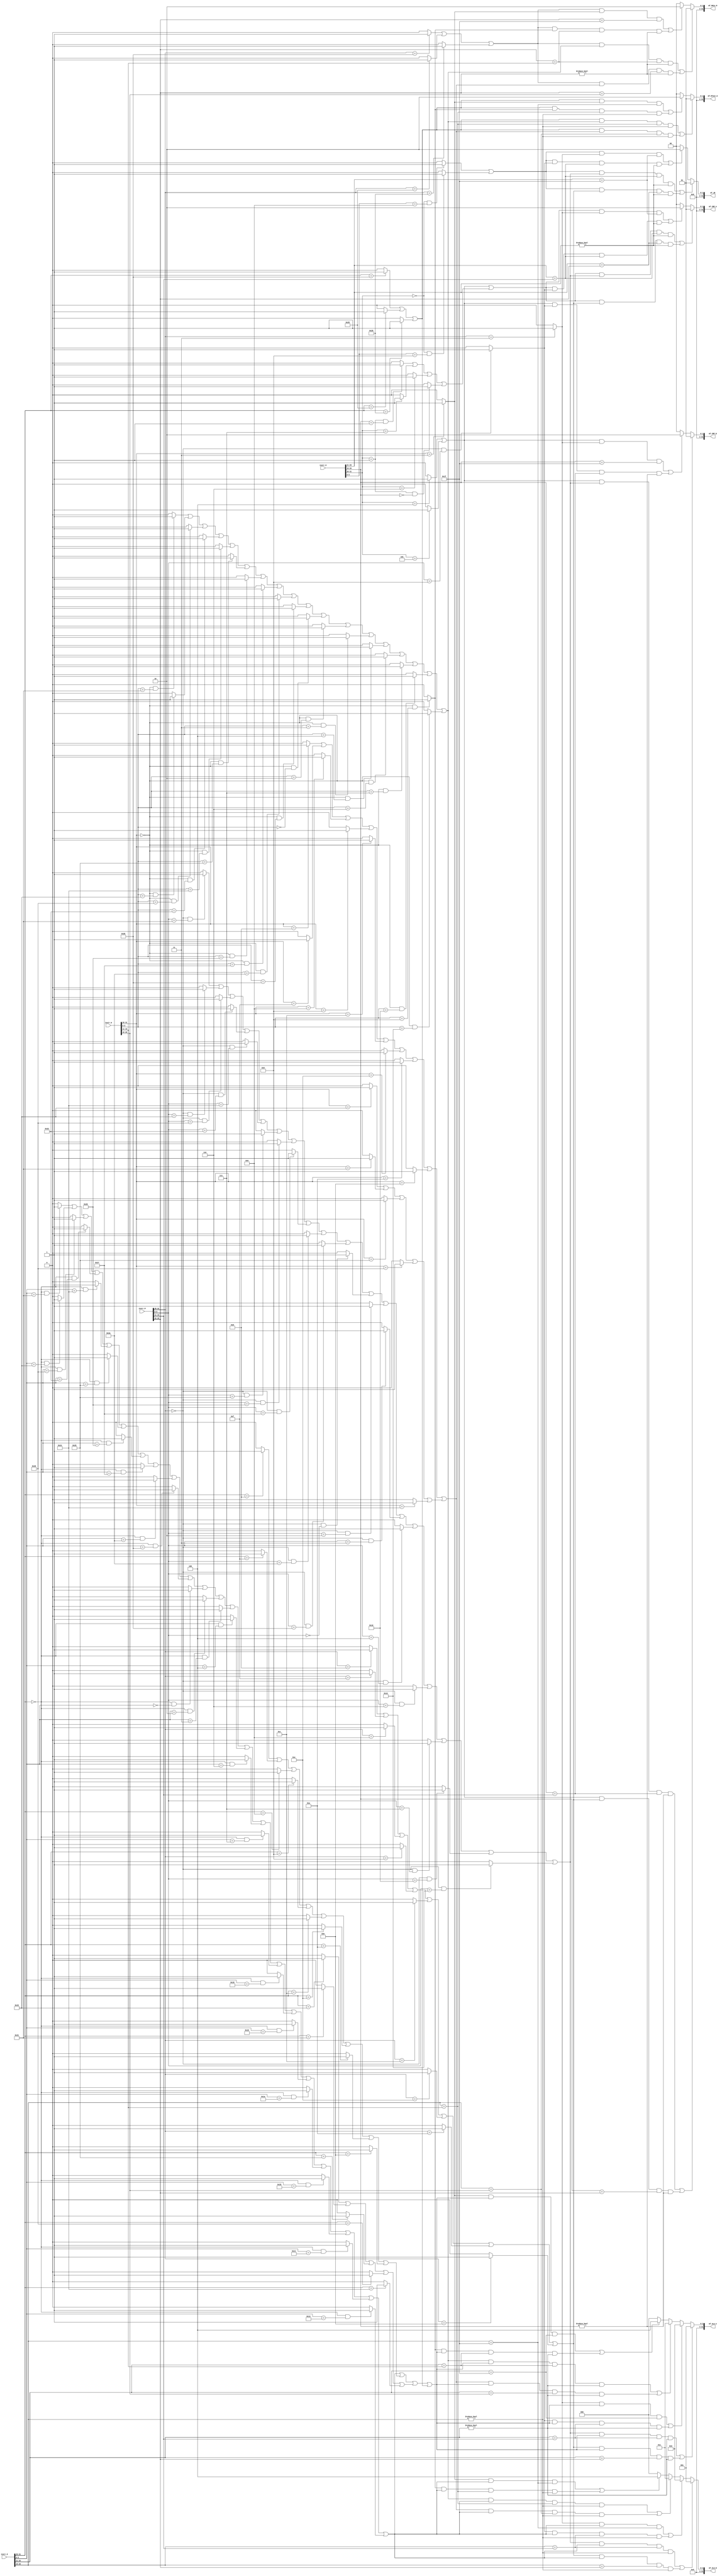
`timescale 1ns / 1ps
//////////////////////////////////////////////////////////////////////////////////
// Company: 
// Engineer: 
// 
// Design Name: 
// Module Name:    MOVE 
// Project Name: 
// Target Devices: 
// Tool versions: 
// Description: 
//
// Dependencies: 
//
// Revision: 
// Revision 0.01 - File Created
// Additional Comments: 
//
//////////////////////////////////////////////////////////////////////////////////
`define op 31:26
`define func 5:0
`define rs 25:21
`define rt 20:16
`define rd 15:11

module MOVE(
	 input [31:0] instr_D,
	 input [31:0] instr_E,
	 input [31:0] instr_M,
	 input [31:0] instr_W,
	 output [31:0] mf_ALU_A,
	 output [31:0] mf_ALU_B,
	 output [31:0] mf_CMP_A,
	 output [31:0] mf_CMP_B,
	 output [31:0] mf_DMin_M,
	 output [31:0] mf_RTout_E,
	 output [31:0] mf_JR
    );
	 wire beq_D,bne_D,bgez_D,bgtz_D,blez_D,bltz_D;
    wire jr_D,jalr_D;
	 
	 wire addu_E,subu_E,add_E,sub_E,sll_E,srl_E,sra_E,sllv_E,srlv_E,srav_E,AND_E,OR_E,XOR_E,NOR_E,slt_E,sltu_E;
	 wire lw_E,sw_E,sh_E,sb_E,lh_E,lhu_E,lb_E,lbu_E;
	 wire ori_E,addi_E,lui_E,addiu_E,andi_E,xori_E,slti_E,sltiu_E;
	 wire mult_E,multu_E,div_E,divu_E,mthi_E,mtlo_E;
	 
	 wire addu_M,subu_M,add_M,sub_M,sll_M,srl_M,sra_M,sllv_M,srlv_M,srav_M,AND_M,OR_M,XOR_M,NOR_M,slt_M,sltu_M;
	 wire lw_M,sw_M,sh_M,sb_M,lh_M,lhu_M,lb_M,lbu_M;
	 wire ori_M,lui_M,addi_M,addiu_M,andi_M,xori_M,slti_M,sltiu_M;
	 wire mfhi_M,mflo_M;
	 wire jal_M,jalr_M;
	 
	 wire addu_W,subu_W,add_W,sub_W,sll_W,srl_W,sra_W,sllv_W,srlv_W,srav_W,AND_W,OR_W,XOR_W,NOR_W,slt_W,sltu_W;
	 wire ori_W,lui_W,addi_W,addiu_W,andi_W,xori_W,slti_W,sltiu_W;
	 wire lw_W,lh_W,lhu_W,lb_W,lbu_W;
	 wire jal_W,jalr_W;
	 wire mfhi_W,mflo_W;
	 ////
	 assign beq_D=(instr_D[`op]==6'b000100)?1'b1:1'b0;
	 assign bne_D=(instr_D[`op]==6'b000101)?1'b1:1'b0;
	 assign bgez_D=((instr_D[`op]==6'b000001)&&(instr_D[20:16]==5'b00001))?1'b1:1'b0;
	 assign bgtz_D=(instr_D[`op]==6'b000111)?1'b1:1'b0;
	 assign blez_D=(instr_D[`op]==6'b000110)?1'b1:1'b0;
	 assign bltz_D=((instr_D[`op]==6'b000001)&&(instr_D[20:16]==5'b00000))?1'b1:1'b0;
	 
	 assign jr_D=((instr_D[`op]==6'b0)&&(instr_D[`func]==6'b001000))?1'b1:1'b0;
	 assign jalr_D=((instr_D[`op]==6'b0)&&(instr_D[`func]==6'b001001))?1'b1:1'b0;
////////////////////////////////////////////////////////////////////////////////////////////	 
	 assign addu_E=((instr_E[`op]==6'b0)&&(instr_E[`func]==6'b100001))?1'b1:1'b0;
	 assign subu_E=((instr_E[`op]==6'b0)&&(instr_E[`func]==6'b100011))?1'b1:1'b0;
	 assign add_E=((instr_E[`op]==6'b0)&&(instr_E[`func]==6'b100000))?1'b1:1'b0;
	 assign sub_E=((instr_E[`op]==6'b0)&&(instr_E[`func]==6'b100010))?1'b1:1'b0;
	 assign sll_E=((instr_E[`op]==6'b0)&&(instr_E[`func]==6'b000000))?1'b1:1'b0;
	 assign srl_E=((instr_E[`op]==6'b0)&&(instr_E[`func]==6'b000010))?1'b1:1'b0;
	 assign sra_E=((instr_E[`op]==6'b0)&&(instr_E[`func]==6'b000011))?1'b1:1'b0;
	 assign sllv_E=((instr_E[`op]==6'b0)&&(instr_E[`func]==6'b000100))?1'b1:1'b0;
	 assign srlv_E=((instr_E[`op]==6'b0)&&(instr_E[`func]==6'b000110))?1'b1:1'b0;
	 assign srav_E=((instr_E[`op]==6'b0)&&(instr_E[`func]==6'b000111))?1'b1:1'b0;
	 assign AND_E=((instr_E[`op]==6'b0)&&(instr_E[`func]==6'b100100))?1'b1:1'b0;
	 assign OR_E=((instr_E[`op]==6'b0)&&(instr_E[`func]==6'b100101))?1'b1:1'b0;
	 assign XOR_E=((instr_E[`op]==6'b0)&&(instr_E[`func]==6'b100110))?1'b1:1'b0;
	 assign NOR_E=((instr_E[`op]==6'b0)&&(instr_E[`func]==6'b100111))?1'b1:1'b0;
	 assign slt_E=((instr_E[`op]==6'b0)&&(instr_E[`func]==6'b101010))?1'b1:1'b0;
	 assign sltu_E=((instr_E[`op]==6'b0)&&(instr_E[`func]==6'b101011))?1'b1:1'b0;
	 
	 assign ori_E=(instr_E[`op]==6'b001101)?1'b1:1'b0;
	 assign lui_E=(instr_E[`op]==6'b001111)?1'b1:1'b0;
	 assign addi_E=(instr_E[`op]==6'b001000)?1'b1:1'b0;
	 assign addiu_E=(instr_E[`op]==6'b001001)?1'b1:1'b0;
	 assign andi_E=(instr_E[`op]==6'b001100)?1'b1:1'b0;
	 assign xori_E=(instr_E[`op]==6'b001110)?1'b1:1'b0;
	 assign slti_E=(instr_E[`op]==6'b001010)?1'b1:1'b0;
	 assign sltiu_E=(instr_E[`op]==6'b001011)?1'b1:1'b0;

	 assign lw_E=(instr_E[`op]==6'b100011)?1'b1:1'b0;
	 assign sw_E=(instr_E[`op]==6'b101011)?1'b1:1'b0;	 
	 assign sh_E=(instr_E[`op]==6'b101001)?1'b1:1'b0;
	 assign sb_E=(instr_E[`op]==6'b101000)?1'b1:1'b0;
	 assign lh_E=(instr_E[`op]==6'b100001)?1'b1:1'b0;
	 assign lhu_E=(instr_E[`op]==6'b100101)?1'b1:1'b0;
	 assign lb_E=(instr_E[`op]==6'b100000)?1'b1:1'b0;
	 assign lbu_E=(instr_E[`op]==6'b100100)?1'b1:1'b0;
	 	 
	 assign mult_E=((instr_E[`op]==6'b0)&&(instr_E[`func]==6'b011000))?1'b1:1'b0;
	 assign multu_E=((instr_E[`op]==6'b0)&&(instr_E[`func]==6'b011001))?1'b1:1'b0;
	 assign div_E=((instr_E[`op]==6'b0)&&(instr_E[`func]==6'b011010))?1'b1:1'b0;
	 assign divu_E=((instr_E[`op]==6'b0)&&(instr_E[`func]==6'b011011))?1'b1:1'b0;
	 assign mthi_E=((instr_E[`op]==6'b0)&&(instr_E[`func]==6'b010001))?1'b1:1'b0;
	 assign mtlo_E=((instr_E[`op]==6'b0)&&(instr_E[`func]==6'b010011))?1'b1:1'b0;
////////////////////////////////////////////////////////////////////////////////////////////////
	 assign addu_M=((instr_M[`op]==6'b0)&&(instr_M[`func]==6'b100001))?1'b1:1'b0;
	 assign subu_M=((instr_M[`op]==6'b0)&&(instr_M[`func]==6'b100011))?1'b1:1'b0;
	 assign add_M=((instr_M[`op]==6'b0)&&(instr_M[`func]==6'b100000))?1'b1:1'b0;
	 assign sub_M=((instr_M[`op]==6'b0)&&(instr_M[`func]==6'b100010))?1'b1:1'b0;
	 assign sll_M=((instr_M[`op]==6'b0)&&(instr_M[`func]==6'b000000))?1'b1:1'b0;
	 assign srl_M=((instr_M[`op]==6'b0)&&(instr_M[`func]==6'b000010))?1'b1:1'b0;
	 assign sra_M=((instr_M[`op]==6'b0)&&(instr_M[`func]==6'b000011))?1'b1:1'b0;
	 assign sllv_M=((instr_M[`op]==6'b0)&&(instr_M[`func]==6'b000100))?1'b1:1'b0;
	 assign srlv_M=((instr_M[`op]==6'b0)&&(instr_M[`func]==6'b000110))?1'b1:1'b0;
	 assign srav_M=((instr_M[`op]==6'b0)&&(instr_M[`func]==6'b000111))?1'b1:1'b0;
	 assign AND_M=((instr_M[`op]==6'b0)&&(instr_M[`func]==6'b100100))?1'b1:1'b0;
	 assign OR_M=((instr_M[`op]==6'b0)&&(instr_M[`func]==6'b100101))?1'b1:1'b0;
	 assign XOR_M=((instr_M[`op]==6'b0)&&(instr_M[`func]==6'b100110))?1'b1:1'b0;
	 assign NOR_M=((instr_M[`op]==6'b0)&&(instr_M[`func]==6'b100111))?1'b1:1'b0;
	 assign slt_M=((instr_M[`op]==6'b0)&&(instr_M[`func]==6'b101010))?1'b1:1'b0;
	 assign sltu_M=((instr_M[`op]==6'b0)&&(instr_M[`func]==6'b101011))?1'b1:1'b0;
	 
	 assign ori_M=(instr_M[`op]==6'b001101)?1'b1:1'b0;
	 assign lui_M=(instr_M[`op]==6'b001111)?1'b1:1'b0;
	 assign addi_M=(instr_M[`op]==6'b001000)?1'b1:1'b0;
	 assign addiu_M=(instr_M[`op]==6'b001001)?1'b1:1'b0;
	 assign andi_M=(instr_M[`op]==6'b001100)?1'b1:1'b0;
	 assign xori_M=(instr_M[`op]==6'b001110)?1'b1:1'b0;
	 assign slti_M=(instr_M[`op]==6'b001010)?1'b1:1'b0;
	 assign sltiu_M=(instr_M[`op]==6'b001011)?1'b1:1'b0;
	 
	 assign lw_M=(instr_M[`op]==6'b100011)?1'b1:1'b0;
	 assign sw_M=(instr_M[`op]==6'b101011)?1'b1:1'b0;
	 assign sh_M=(instr_M[`op]==6'b101001)?1'b1:1'b0;
	 assign sb_M=(instr_M[`op]==6'b101000)?1'b1:1'b0;
	 assign lh_M=(instr_M[`op]==6'b100001)?1'b1:1'b0;
	 assign lhu_M=(instr_M[`op]==6'b100101)?1'b1:1'b0;
	 assign lb_M=(instr_M[`op]==6'b100000)?1'b1:1'b0;
	 assign lbu_M=(instr_M[`op]==6'b100100)?1'b1:1'b0;

	 assign jal_M=(instr_M[`op]==6'b000011)?1'b1:1'b0;
	 assign jalr_M=((instr_M[`op]==6'b0)&&(instr_M[`func]==6'b001001))?1'b1:1'b0;

	 assign mfhi_M=((instr_M[`op]==6'b0)&&(instr_M[`func]==6'b010000))?1'b1:1'b0;
	 assign mflo_M=((instr_M[`op]==6'b0)&&(instr_M[`func]==6'b010010))?1'b1:1'b0;		 
/////////////////////////////////////////////////////////////////////////////////////////////////	 
	 assign addu_W=((instr_W[`op]==6'b0)&&(instr_W[`func]==6'b100001))?1'b1:1'b0;
	 assign subu_W=((instr_W[`op]==6'b0)&&(instr_W[`func]==6'b100011))?1'b1:1'b0;
	 assign add_W=((instr_W[`op]==6'b0)&&(instr_W[`func]==6'b100000))?1'b1:1'b0;
	 assign sub_W=((instr_W[`op]==6'b0)&&(instr_W[`func]==6'b100010))?1'b1:1'b0;
	 assign sll_W=((instr_W[`op]==6'b0)&&(instr_W[`func]==6'b000000))?1'b1:1'b0;
	 assign srl_W=((instr_W[`op]==6'b0)&&(instr_W[`func]==6'b000010))?1'b1:1'b0;
	 assign sra_W=((instr_W[`op]==6'b0)&&(instr_W[`func]==6'b000011))?1'b1:1'b0;
	 assign sllv_W=((instr_W[`op]==6'b0)&&(instr_W[`func]==6'b000100))?1'b1:1'b0;
	 assign srlv_W=((instr_W[`op]==6'b0)&&(instr_W[`func]==6'b000110))?1'b1:1'b0;
	 assign srav_W=((instr_W[`op]==6'b0)&&(instr_W[`func]==6'b000111))?1'b1:1'b0;
	 assign AND_W=((instr_W[`op]==6'b0)&&(instr_W[`func]==6'b100100))?1'b1:1'b0;
	 assign OR_W=((instr_W[`op]==6'b0)&&(instr_W[`func]==6'b100101))?1'b1:1'b0;
	 assign XOR_W=((instr_W[`op]==6'b0)&&(instr_W[`func]==6'b100110))?1'b1:1'b0;
	 assign NOR_W=((instr_W[`op]==6'b0)&&(instr_W[`func]==6'b100111))?1'b1:1'b0;	 
	 assign slt_W=((instr_W[`op]==6'b0)&&(instr_W[`func]==6'b101010))?1'b1:1'b0;
	 assign sltu_W=((instr_W[`op]==6'b0)&&(instr_W[`func]==6'b101011))?1'b1:1'b0;
		 
	 assign ori_W=(instr_W[`op]==6'b001101)?1'b1:1'b0;
	 assign lui_W=(instr_W[`op]==6'b001111)?1'b1:1'b0; 
	 assign addi_W=(instr_W[`op]==6'b001000)?1'b1:1'b0;
	 assign addiu_W=(instr_W[`op]==6'b001001)?1'b1:1'b0;
	 assign andi_W=(instr_W[`op]==6'b001100)?1'b1:1'b0;
	 assign xori_W=(instr_W[`op]==6'b001110)?1'b1:1'b0;
	 assign slti_W=(instr_W[`op]==6'b001010)?1'b1:1'b0;
	 assign sltiu_W=(instr_W[`op]==6'b001011)?1'b1:1'b0;

	 assign lw_W=(instr_W[`op]==6'b100011)?1'b1:1'b0;
	 assign lh_W=(instr_W[`op]==6'b100001)?1'b1:1'b0;
	 assign lhu_W=(instr_W[`op]==6'b100101)?1'b1:1'b0;
	 assign lb_W=(instr_W[`op]==6'b100000)?1'b1:1'b0;
	 assign lbu_W=(instr_W[`op]==6'b100100)?1'b1:1'b0;
	 
	 assign jal_W=(instr_W[`op]==6'b000011)?1'b1:1'b0;
	 assign jalr_W=((instr_W[`op]==6'b0)&&(instr_W[`func]==6'b001001))?1'b1:1'b0;

	 assign mfhi_W=((instr_W[`op]==6'b0)&&(instr_W[`func]==6'b010000))?1'b1:1'b0;
	 assign mflo_W=((instr_W[`op]==6'b0)&&(instr_W[`func]==6'b010010))?1'b1:1'b0;		 
/////////////////////////////////////////////////////////////////////////////////
/////////////////////////////////////////////////////////////////////////////////

	 wire b_type_D,jr_type_D,brs_D;
	 wire cal_r_E,cal_i_E,ld_E,st_E;	 
	 wire cal_r_M,cal_i_M,ld_M,st_M,jal_type_M;
	 wire cal_r_W,cal_i_W,ld_W,jal_type_W;
	 

	 assign b_type_D=beq_D|bne_D;
	 assign jr_type_D=jr_D|jalr_D;
	 assign brs_D=bgez_D|bgtz_D|blez_D|bltz_D;
	 	 
	 assign cal_r_E=addu_E|subu_E|add_E|sub_E|AND_E|OR_E|XOR_E|NOR_E|slt_E|sltu_E|sll_E|srl_E|sra_E|sllv_E|srlv_E|srav_E|
	                mult_E|multu_E|div_E|divu_E|mthi_E|mtlo_E;
	 assign cal_i_E=ori_E|lui_E|addi_E|addiu_E|andi_E|xori_E|slti_E|sltiu_E;
	 assign ld_E=lw_E|lh_E|lhu_E|lb_E|lbu_E;
	 assign st_E=sw_E|sh_E|sb_E;

	 assign cal_r_M=addu_M|subu_M|add_M|sub_M|AND_M|OR_M|XOR_M|NOR_M|slt_M|sltu_M|sll_M|srl_M|sra_M|sllv_M|srlv_M|srav_M|
	                mfhi_M|mflo_M;
	 assign cal_i_M=ori_M|lui_M|addi_M|addiu_M|andi_M|xori_M|slti_M|sltiu_M;
	 assign ld_M=lw_M|lh_M|lhu_M|lb_M|lbu_M;
	 assign st_M=sw_M|sh_M|sb_M;
	 assign jal_type_M=jal_M;

	 assign cal_r_W=addu_W|subu_W|add_W|sub_W|AND_W|OR_W|XOR_W|NOR_W|slt_W|sltu_W|sll_W|srl_W|sra_W|sllv_W|srlv_W|srav_W|
	                mfhi_W|mflo_W;
	 assign cal_i_W=ori_W|lui_W|addi_W|addiu_W|andi_W|xori_W|slti_W|sltiu_W;
	 assign ld_W=lw_W|lh_W|lhu_W|lb_W|lbu_W;
	 assign jal_type_W=jal_W;
/////////////////////////////////////////////////////////////////////////	 
	 assign mf_ALU_A=((cal_r_M&(cal_r_E|cal_i_E|ld_E|st_E)&(instr_E[`rs]==instr_M[`rd])&(instr_E[`rs]!=5'b0))|
						  (cal_i_M&(cal_r_E|cal_i_E|ld_E|st_E)&(instr_E[`rs]==instr_M[`rt])&(instr_E[`rs]!=5'b0)))?1:
						  ((jal_type_M&(cal_r_E|cal_i_E|ld_E|st_E)&(instr_E[`rs]==5'b11111))|
						  (jalr_M&(cal_r_E|cal_i_E|ld_E|st_E)&(instr_E[`rs]==instr_M[`rd])&(instr_E[`rs]!=5'b0)))?2:
						  ((cal_r_W&(cal_r_E|cal_i_E|ld_E|st_E)&(instr_E[`rs]==instr_W[`rd])&(instr_E[`rs]!=5'b0))|
						  ((cal_i_W|ld_W)&(cal_r_E|cal_i_E|ld_E|st_E)&(instr_E[`rs]==instr_W[`rt])&(instr_E[`rs]!=5'b0)))?3:
						  ((jal_type_W&(cal_r_E|cal_i_E|ld_E|st_E)&(instr_E[`rs]==5'b11111))|
						  (jalr_W&(cal_r_E|cal_i_E|ld_E|st_E)&(instr_E[`rs]==instr_W[`rd])&(instr_E[`rs]!=5'b0)))?4:0;
	 
	 assign mf_ALU_B=((cal_r_M&cal_r_E&(instr_E[`rt]==instr_M[`rd])&(instr_E[`rt]!=5'b0))|
		              (cal_i_M&cal_r_E&(instr_E[`rt]==instr_M[`rt])&(instr_E[`rt]!=5'b0)))?1:
						  ((jal_type_M&cal_r_E&(instr_E[`rt]==5'b11111))|
						  (jalr_M&cal_r_E&(instr_E[`rt]==instr_M[`rd])&(instr_E[`rt]!=5'b0)))?2:
						  ((cal_r_W&cal_r_E&(instr_E[`rt]==instr_W[`rd])&(instr_E[`rt]!=5'b0))|
		              ((cal_i_W|ld_W)&cal_r_E&(instr_E[`rt]==instr_W[`rt])&(instr_E[`rt]!=5'b0)))?3:
						  ((jal_type_W&cal_r_E&(instr_E[`rt]==5'b11111))|
						  (jalr_W&cal_r_E&(instr_E[`rt]==instr_W[`rd])&(instr_E[`rt]!=5'b0)))?4:0;
	 
	 assign mf_CMP_A=(((b_type_D|brs_D)&cal_r_M&(instr_D[`rs]==instr_M[`rd])&(instr_D[`rs]!=5'b0))|
						  ((b_type_D|brs_D)&cal_i_M&(instr_D[`rs]==instr_M[`rt])&(instr_D[`rs]!=5'b0)))?1:
						  (((b_type_D|brs_D)&jal_type_M&(instr_D[`rs]==5'b11111))|
						  ((b_type_D|brs_D)&jalr_M&(instr_D[`rs]==instr_M[`rd])&(instr_D[`rs]!=5'b0)))?2:0;
	 
	 assign mf_CMP_B=((b_type_D&cal_r_M&(instr_D[`rt]==instr_M[`rd])&(instr_D[`rt]!=5'b0))|
						  (b_type_D&cal_i_M&(instr_D[`rt]==instr_M[`rt])&(instr_D[`rt]!=5'b0)))?1:
						  ((b_type_D&jal_type_M&(instr_D[`rt]==5'b11111))|
						  (b_type_D&jalr_M&(instr_D[`rt]==instr_M[`rd])&(instr_D[`rt]!=5'b0)))?2:0; 
						  
	 assign mf_DMin_M=((st_M&cal_r_W&(instr_M[`rt]==instr_W[`rd])&(instr_M[`rt]!=5'b0))|
		               (st_M&(cal_i_W|ld_W)&(instr_M[`rt]==instr_W[`rt])&(instr_M[`rt]!=5'b0)))?1:
							((st_M&jal_type_W&(instr_M[`rt]==5'b11111))|
							(st_M&jalr_W&(instr_M[`rt]==instr_W[`rd])&(instr_M[`rt]!=5'b0)))?2:0;
	 
	 assign mf_RTout_E=((st_E&cal_r_W&(instr_E[`rt]==instr_W[`rd])&(instr_E[`rt]!=5'b0))|
		               (st_E&(cal_i_W|ld_W)&(instr_E[`rt]==instr_W[`rt])&(instr_E[`rt]!=5'b0)))?1:
							((st_E&jal_type_W&(instr_E[`rt]==5'b11111))|
							(st_E&jalr_W&(instr_E[`rt]==instr_W[`rd])&(instr_E[`rt]!=5'b0)))?2:0;
   
	 assign mf_JR=((jr_type_D&cal_r_M&(instr_D[`rs]==instr_M[`rd])&(instr_D[`rs]!=5'b0))|
						(jr_type_D&cal_i_M&(instr_D[`rs]==instr_M[`rt])&(instr_D[`rs]!=5'b0)))?1:
						((jr_type_D&jal_type_M&(instr_D[`rs]==5'b11111))|
						(jr_type_D&jalr_M&(instr_D[`rs]==instr_M[`rd])&(instr_D[`rs]!=5'b0)))?2:0;
						
	 	 
endmodule